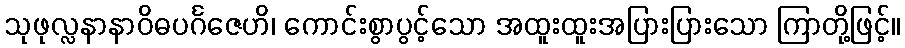
သုဖုလ္လနာနာဝိဓပင်္ဂဇေဟိ၊ ကောင်းစွာပွင့်သော အထူးထူးအပြားပြားသော ကြာတို့ဖြင့်။